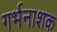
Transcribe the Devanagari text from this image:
गर्भनाशक